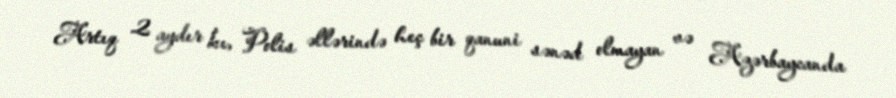
Artıq 2 aydır kı, Polis əllərində heç bir qanuni sənəd olmayan və Azərbaycanda